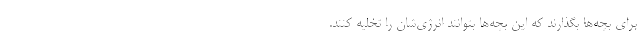
برای بچه‌ها بگذارند که این بچه‌ها بتوانند انرژی‌شان را تخلیه کنند.